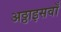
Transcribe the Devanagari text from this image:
अठ्ठाइसवाँ